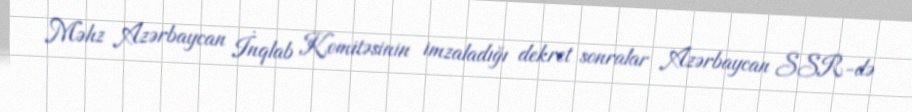
Məhz Azərbaycan İnqlab Komitəsinin imzaladığı dekret sonralar Azərbaycan SSR-də